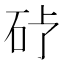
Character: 𪿒